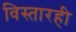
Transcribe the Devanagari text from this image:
विस्तारही